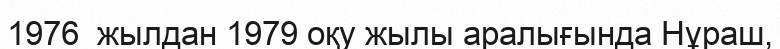
1976  жылдан 1979 оқу жылы аралығында Нұраш,